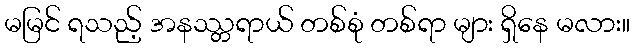
မမြင် ရသည့် အနဿ္တရာယ် တစ်စုံ တစ်ရာ များ ရှိနေ မလား။